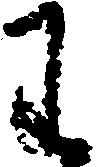
わ